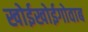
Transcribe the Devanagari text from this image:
खोईखोईगोवाब